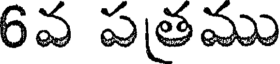
6వ పత్రము